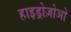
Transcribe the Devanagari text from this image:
हाइड्रोज़ोओ